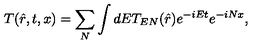
T ( \hat { r } , t , x ) = \sum _ { N } \int d E T _ { E N } ( \hat { r } ) e ^ { - i E t } e ^ { - i N x } ,